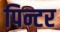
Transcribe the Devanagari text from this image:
पिन्टर